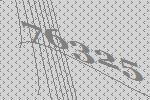
76325